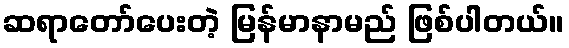
ဆရာတော်ပေးတဲ့ မြန်မာနာမည် ဖြစ်ပါတယ်။